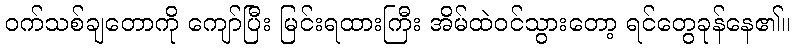
ဝက်သစ်ချတောကို ကျော်ပြီး မြင်းရထားကြီး အိမ်ထဲဝင်သွားတော့ ရင်တွေခုန်နေ၏။